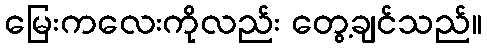
မြေးကလေးကိုလည်း တွေ့ချင်သည်။